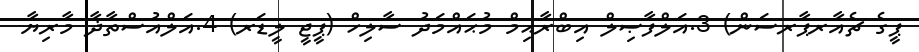
ޕީގެ ޗެއާރޕާރސަން) 3.އަލްފާޞިލް އިބްރާޙިމް މުޙައްމަދު ސާލިހް (ޕީޖީ ލީޑަރ) 4.އަލްއުސްތާޛާ މާރިޔާ